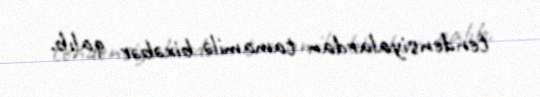
tendensiyalardan tamamilə bixəbər qalıb.